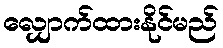
လျှောက်ထားနိုင်မည်